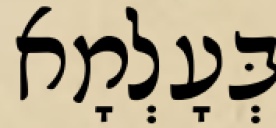
בְּעָלְמָא